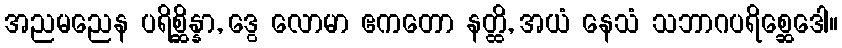
အညမညေန ပရိစ္ဆိန္နာ, ဒွေ လောမာ ဧကတော နတ္ထိ, အယံ နေသံ သဘာဂပရိစ္ဆေဒေါ။